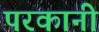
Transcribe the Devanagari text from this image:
परकानी